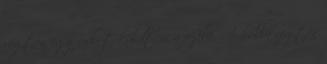
rögtön egy nyilat küldtem a fejébe. A hulla rögtön